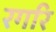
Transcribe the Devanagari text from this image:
रगरि